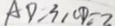
A D = 3 1 C D = 2